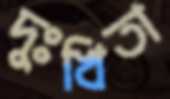
দুঃখিতা